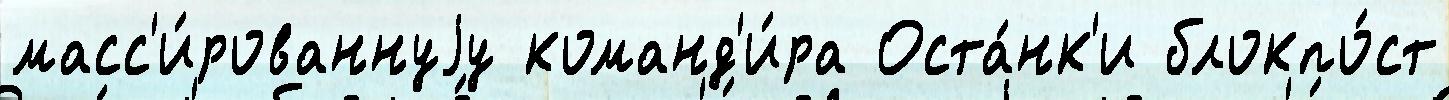
масс'и́рованнуjу команд'и́ра Оста́нк'и блокпо́ст